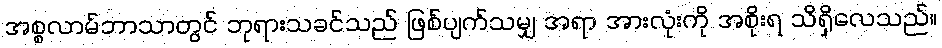
အစ္စလာမ်ဘာသာတွင် ဘုရားသခင်သည် ဖြစ်ပျက်သမျှ အရာ အားလုံးကို အစိုးရ သိရှိလေသည်။